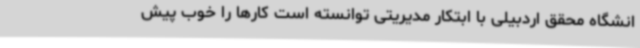
انشگاه محقق اردبیلی با ابتکار مدیریتی توانسته است کارها را خوب پیش